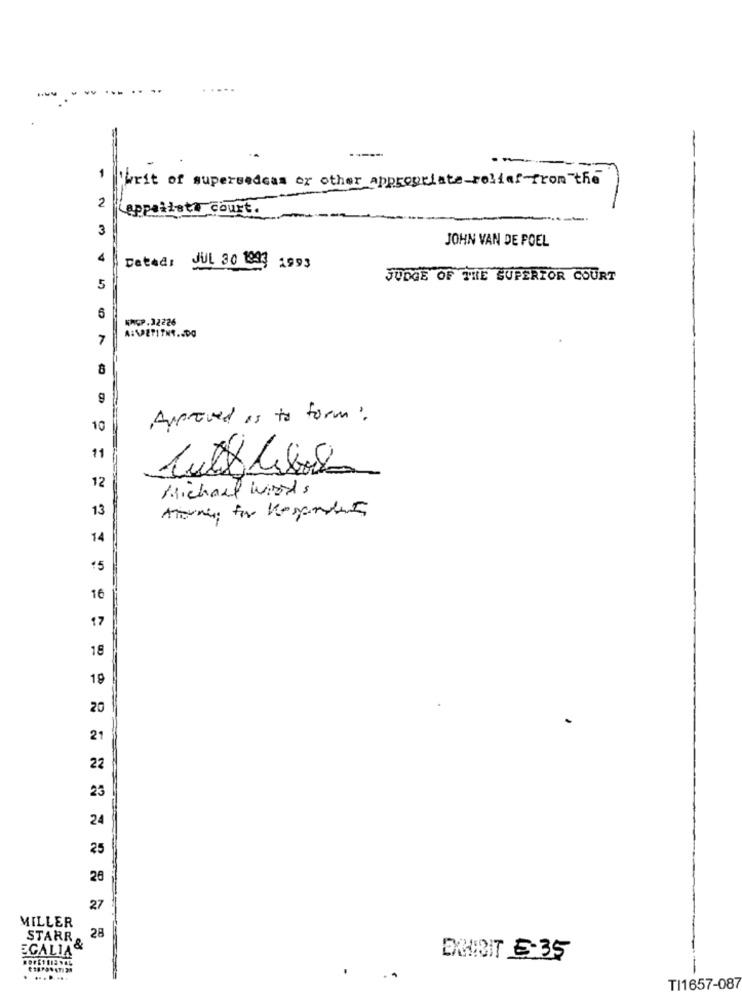
-----
----
1
"writ of supersedcas or other appropriate-relief-from the
2
appatleta court.
3
JOHN VAN DE POEL
Dated: JUL 30 1993 1993
JUDGE OF THE SUPERIOR COURT
5
6
WNGP.32226
7
A:\PETITNT .. DO
9
Approved is to form:
10
11
12
Michael Words
13
14
15
16
17
18
19
20
21
22
23
24
25
26
27
MILLER
28
SCALIA
STARR &
DRIBIT 5:35
TI1657-087